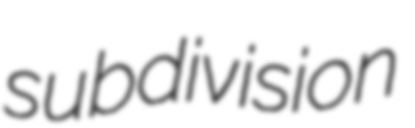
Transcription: subdivision